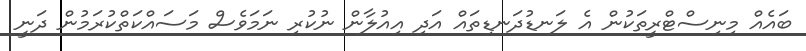
ބައެއް މިނިސްޓްރީތަކުން އެ ލަނޑުދަނޑިތައް އަދި އިއުލާން ނުކުރި ނަމަވެސް މަސައްކަތްކުރަމުން ދަނީ